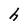
Character: h